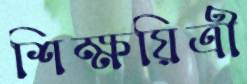
শিক্ষয়িত্রী